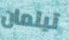
تيلمان